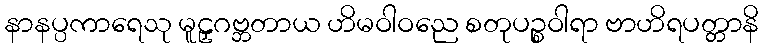
နာနပ္ပကာရေသု မူဠှဂဗ္ဘတာယ ဟိမဝါဝညေ စတုပဉ္စဝါရာ ဗာဟိရပတ္တာနိ